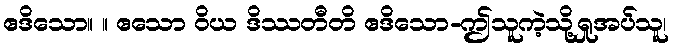
ဧဒိသော။ ။ ဧသော ဝိယ ဒိဿတီတိ ဧဒိသော-ဤသူကဲ့သို့ရှုအပ်သူ၊